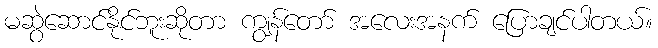
မဆွဲဆောင်နိုင်ဘူးဆိုတာ ကျွန်တော် အလေးအနက် ပြောချင်ပါတယ်။